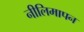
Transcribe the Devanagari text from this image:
नीलिमापन